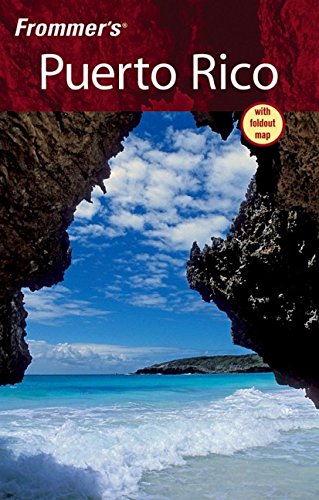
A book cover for Frommer's Puerto Rico (Frommer's Complete Guides); Darwin Porter; Travel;